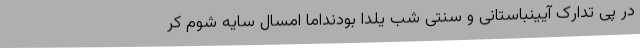
در پی تدارک آیینباستانی و سنتی شب یلدا بودنداما امسال سایه شوم کر